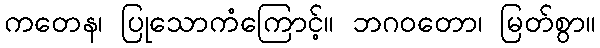
ကတေန၊ ပြုသောကံကြောင့်။ ဘဂဝတော၊ မြတ်စွာ။